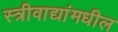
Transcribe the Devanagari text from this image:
स्त्रीवाद्यांमधील